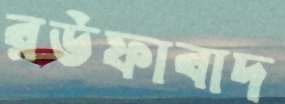
রউফাবাদ